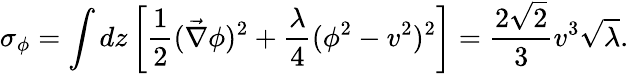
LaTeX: \sigma_{\phi}=\int dz\left[\frac{1}{2}(\vec{\nabla}\phi)^{2}+\frac{\lambda}{4}(\phi^{2}-v^{2})^{2}\right]=\frac{2\sqrt{2}}{3}v^{3}\sqrt{\lambda}.